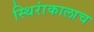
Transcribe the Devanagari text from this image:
स्थिरांकालाच